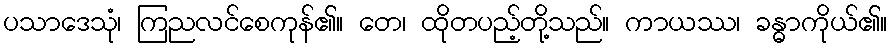
ပသာဒေသုံ၊ ကြညလင်စေကုန်၏။ တေ၊ ထိုတပည့်တို့သည်။ ကာယဿ၊ ခန္ဓာကိုယ်၏။